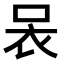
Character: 𧘗